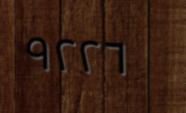
٩٢٢٦